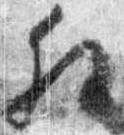
解